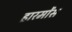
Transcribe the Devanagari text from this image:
हारमोंस